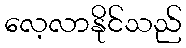
လေ့လာနိုင်သည်